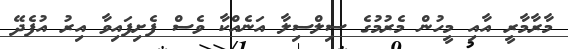
މާރާމާރީ އާއި މީހުން މެރުމުގެ ސިލްސިލާ އަނެއްކާ ވެސް ފެށިފައިވާ އިރު އުފެދޭ